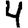
Digit: 4